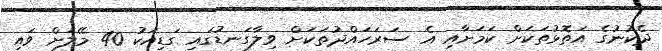
ދެކުނުގެ އަތޮޅުތަކަށް ކަމަށާއި އެ ސަރަހަައްދުތަކަށް ވިލާގަނޑުގައި ގަޑިއަކު 40 މޭލަށް ވައި